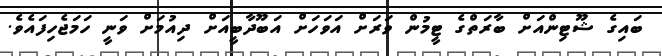
ބައިގެ ޝޫޓިންއަށް ބާރަތްގެ ޓީމުން ވަރަށް އަވަހަށް އަބޫދާބީއަށް ދިއުމަށް ވަނީ ހަމަޖެހިފައެވެ.